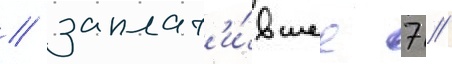
/ заплат'и́вшее 7 /